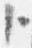
ト